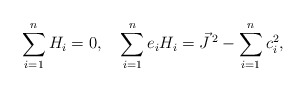
\begin{align*}\sum_{i=1}^nH_{i}=0,\quad\sum_{i=1}^ne_{i}H_{i}= \vec J^{\,2}-\sum_{i=1}^n c_{i}^2,\end{align*}